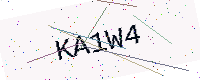
Text: KA1W4